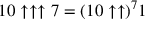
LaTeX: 1 0 \uparrow \uparrow \uparrow 7 = ( 1 0 \uparrow \uparrow ) ^ { 7 } 1